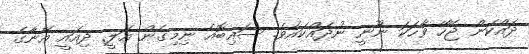
ދައްކަން ޖޭހޭ ވާހަކަ ނޫނީ ނުދައްކައެވެ. ސައިބޮއެ ނިމިގެން އަލީ